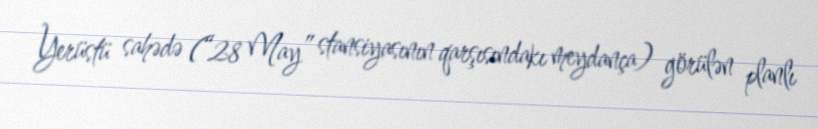
Yerüstü sahədə (“28 May” stansiyasının qarşısındakı meydança) görülən planlı